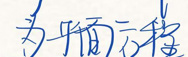
为平面方程